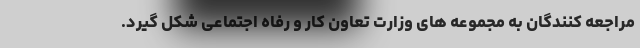
مراجعه کنندگان به مجموعه های وزارت تعاون کار و رفاه اجتماعی شکل گیرد.